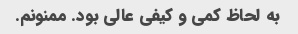
به لحاظ کمی و کیفی عالی بود. ممنونم.